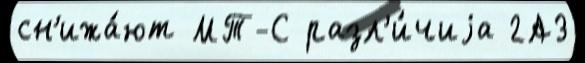
сн'ижа́ют МТ-С разл'и́чиjа 2А3